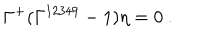
LaTeX: \Gamma ^ { + } ( \Gamma ^ { 1 2 3 4 9 } - 1 ) \eta = 0 ~ .